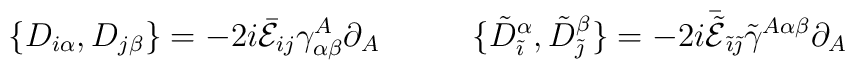
\begin{array}{cc}\displaystyle{\{D_{i\alpha},D_{j\beta}\}=-2i\bar{\cal E}_{ij}\gamma^{A}_{\alpha\beta}\partial_{A}}~~~&~~~\displaystyle{\{\tilde{D}_{\tilde{\imath}}^{\alpha},\tilde{D}_{\tilde{\jmath}}^{\beta}\}=-2i\bar{\tilde{\cal E}}_{\tilde{\imath}\tilde{\jmath}}\tilde{\gamma}^{A\alpha\beta}\partial_{A}}\end{array}